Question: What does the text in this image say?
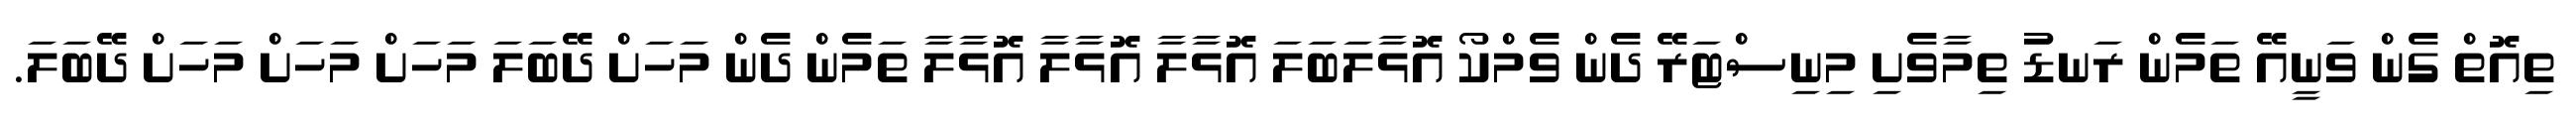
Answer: ތިއޮތް ގެން ވަނީއޭ ތަމެން ރަނޑު ތިމާވެށި މިނިސްޓަރޭ ދެން ވެމްކޯ އޮޅާލަބަލަ އޮޅާލާ އޮޅާލާ އޮޅާލާ ތަމެން ދެން މަހަށް ދޭބަލަ މަހަށް މަހަށް މަހަށް ދޭބަލަ.